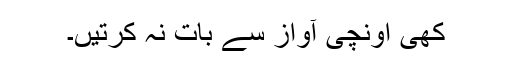
کھی اونچی آواز سے بات نہ کرتیں۔